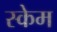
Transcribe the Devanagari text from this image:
स्केम